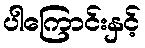
ပါကြောင်းနှင့်